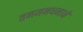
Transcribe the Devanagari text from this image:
तनमनधनाने